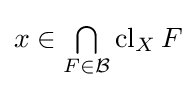
x\in {\textstyle \bigcap \limits _{F\in {\mathcal {B}}}}\operatorname {cl} _{X}F